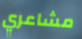
مشاعري